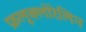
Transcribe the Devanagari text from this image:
फ्रलूक्लोरेलिन